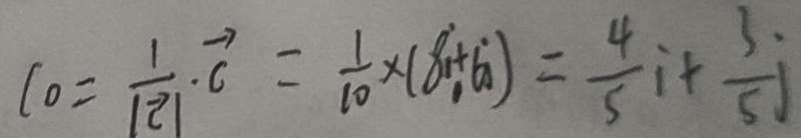
l _ { 0 } = \frac { 1 } { \vert \overrightarrow { \vert } } \cdot \overrightarrow { c } = \frac { 1 } { 1 0 } \times ( 8 i + 6 i ) = \frac { 4 } { 5 } i \div \frac { 3 } { 5 } j